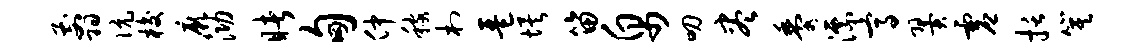
翦伉梭厥泐睹甸仲稼村琶埃笛帛叨尽黍漂高翼虚括箕